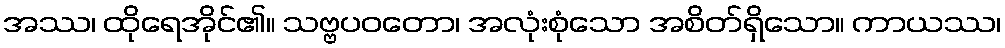
အဿ၊ ထိုရေအိုင်၏။ သဗ္ဗပဝတော၊ အလုံးစုံသော အစိတ်ရှိသော။ ကာယဿ၊